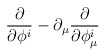
\begin{align*}\frac{\partial}{\partial \phi^i} - \partial_{\mu}\frac{\partial}{\partial \phi^i_{\mu}}\end{align*}